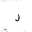
Letter: _lam